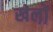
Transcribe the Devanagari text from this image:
खेल़ो़ं